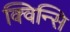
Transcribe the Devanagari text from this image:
क्विन्सि